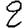
Digit: 2